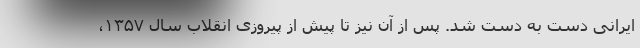
ایرانی دست به دست شد. پس از آن نیز تا پیش از پیروزی انقلاب سال ۱۳۵۷،